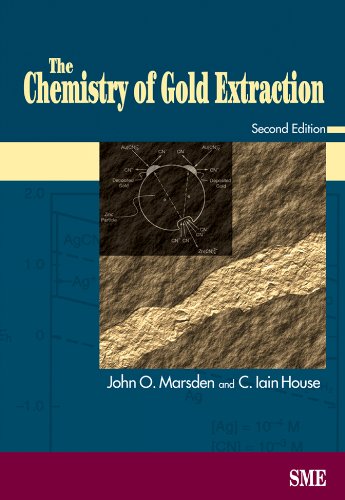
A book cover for The Chemistry of Gold Extraction, Second Edition; John Marsden; Science & Math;